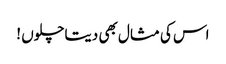
اس کی مثال بھی دیتاچلوں !